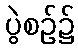
ပွဲစဉ်၌